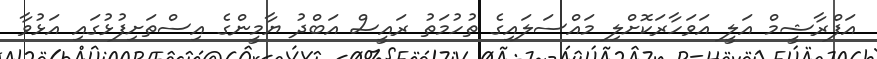
އަފްރާޝީމް އަލީ އަވަހާރަކޮށްލި މައްސަލައިގެ ތުހުމަތު ރައީސް އަބްދު ޔާމީންގެ އިސްތަށިފުޅުގައި އަޅުވާ